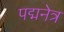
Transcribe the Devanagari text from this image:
पद्मनेत्र